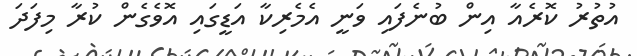
އުތުރު ކޮރެއާ އިން ބުނެފައި ވަނީ އެމެރިކާ އަޑީގައި އޮވެގެން ކުރާ މިފަދަ